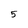
Character: 5